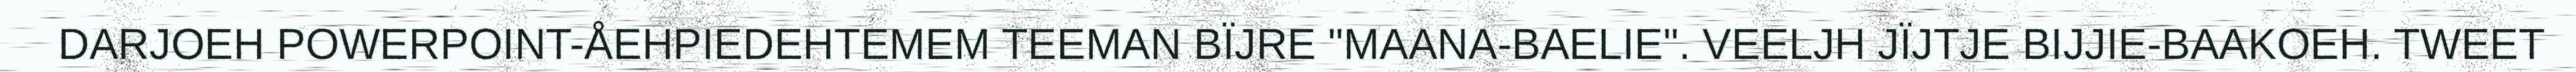
DARJOEH POWERPOINT-ÅEHPIEDEHTEMEM TEEMAN BÏJRE "MAANA-BAELIE". VEELJH JÏJTJE BIJJIE-BAAKOEH. TWEET